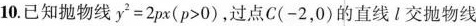
10.已知抛物线$$y^{2}=2px(p>0)$$，过点C(-2，0)的直线l交抛物线